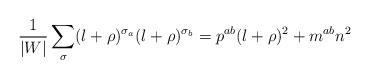
LaTeX: \begin{align*}\frac{1}{|W|}\sum_{\sigma}(l+\rho)^{\sigma_{a}}(l+\rho)^{\sigma_{b}}=p^{ab}(l+\rho)^{2}+m^{ab}n^{2}\end{align*}